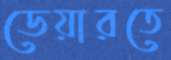
ডেয়ারতে